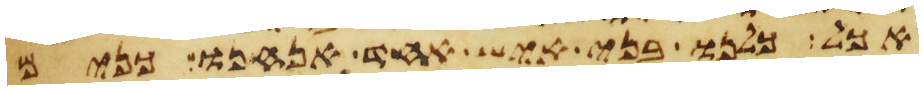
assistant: אכל כלנו בני איש אחד אנחנו כנים